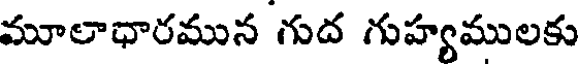
మూలాధారమున గుద గుహ్యములకు